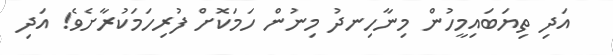
އަދި ތިޔަބައިމީހުން މިނާހިނދު މިނުން ހަމަކޮށް ފުރިހަމަކުރާށެވެ! އަދި